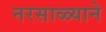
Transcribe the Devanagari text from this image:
नरसाळ्याने